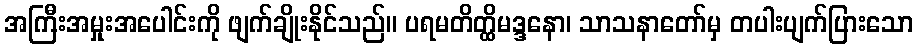
အကြီးအမှုးအပေါင်းကို ဖျက်ချိုးနိုင်သည်။ ပရမတိတ္ထိမဒ္ဒနော၊ သာသနာတော်မှ တပါးပျက်ပြားသော